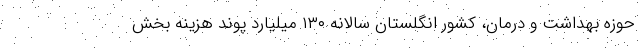
حوزه بهداشت و درمان، کشور انگلستان سالانه ۱۳۰ میلیارد پوند هزینه بخش